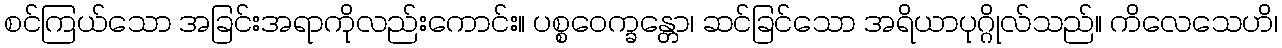
စင်ကြယ်သော အခြင်းအရာကိုလည်းကောင်း။ ပစ္စဝေက္ခန္တော၊ ဆင်ခြင်သော အရိယာပုဂ္ဂိုလ်သည်။ ကိလေသေဟိ၊